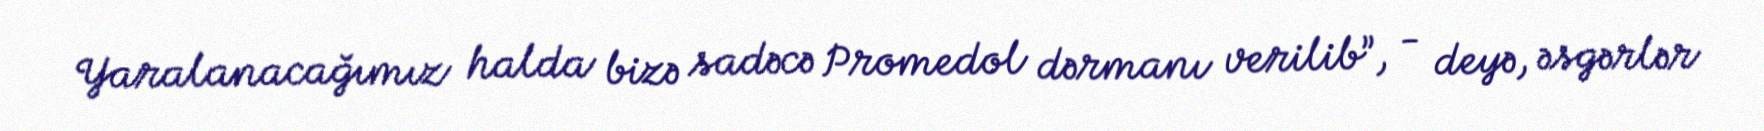
Yaralanacağımız halda bizə sadəcə Promedol dərmanı verilib”, - deyə, əsgərlər